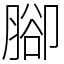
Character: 腳